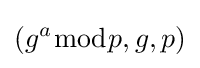
(g^{a}{\bmod {p}},g,p)